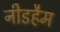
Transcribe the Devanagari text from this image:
नीडहैम